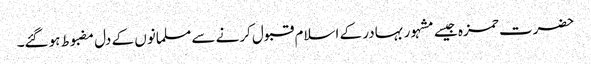
حضرت حمزہ جیسے مشہور بہادر کے اسلام قبول کرنے سے مسلمانوں کے دل مضبوط ہوگئے۔